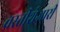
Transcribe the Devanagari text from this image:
वस्तीशेजारी